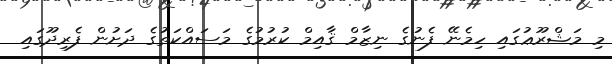
މި މަޝްރޫޢުގައި ހިމެނޭ ފެނުގެ ނިޒާމް ޤާއިމް ކުރުމުގެ މަސައްކަތުގެ ދަށުން ފެރިދޫގައި